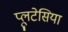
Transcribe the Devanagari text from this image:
प्लूटेसिया